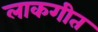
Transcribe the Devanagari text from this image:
लाकगीत